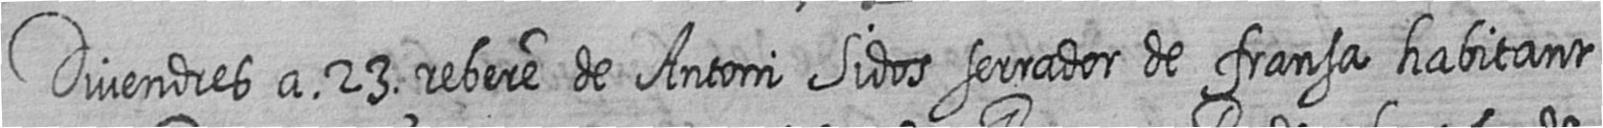
Divendres a 23 rebere de Antoni Sidos serrador de fransa habitant